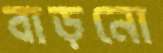
বাড়নো